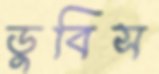
ডুবিস